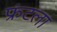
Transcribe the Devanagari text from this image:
फ्रंटला